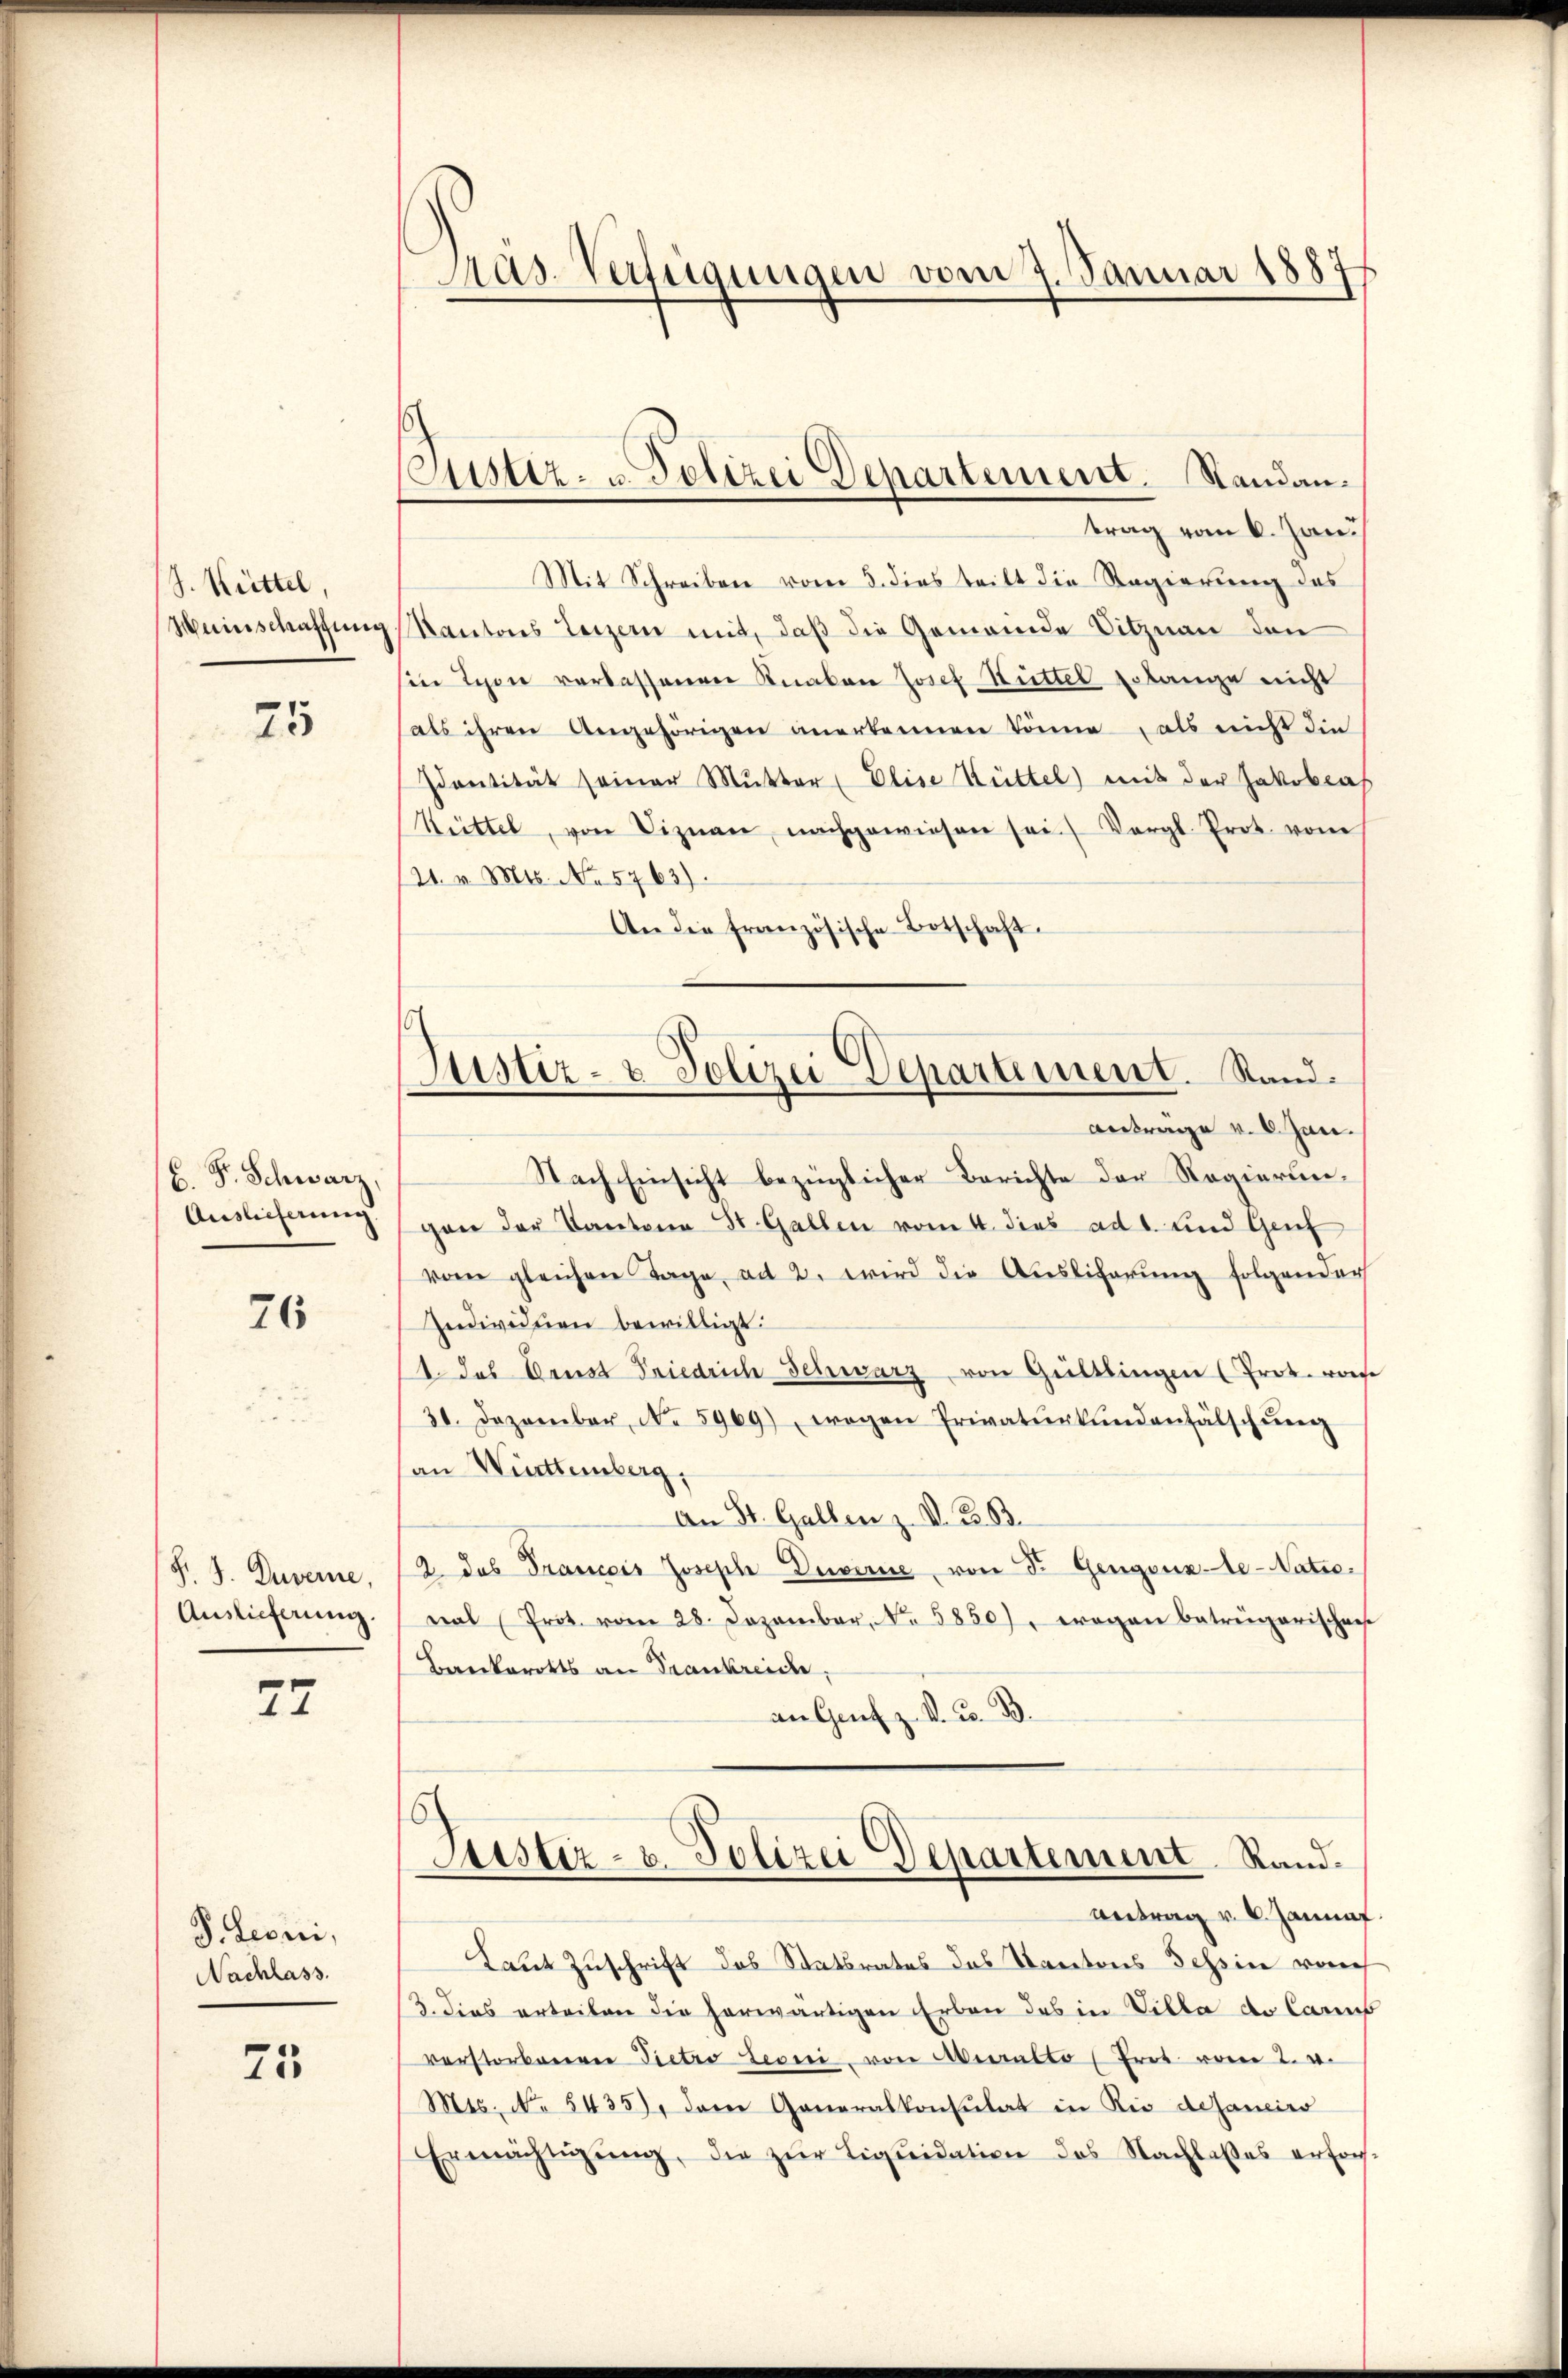
J. Rüttel,
Weinschaffung

75

C. Fr. Schwarz,
Auslieferung.

76

F. J. Zuverne,
Auslieferung.

27

P. Leonei,
Nachlass.

75

Pras-Verfügungen vom 7. Januar 1887

ustiz- u. Polizei Departement. Standantrag vom 6. Jan.

Justiz- & Polizei Departement. Stand.
Antrage v. 6. Jan.

Mit Schreiben vom 5. dies teilt die Regierung des
Kantons Luzern mit, daß die Gemeinde Sitznau den
sin Ton verlassenen Knaben Josef Hüttel Erlange nicht
als ihren Angehörigen anerkennen könne als nicht die
Identität seiner Mŭtter Elise Hüttel) mit der Jakobias
Rüittel, von Viznan, nachgewiesen sei. Vergl. Prot. vom
121. v. Mts. No. 5763).
An die französische Botschaft.
Nach Einsicht bezüglicher Berichte der Regierungan der Kantone St. Gallen vom 4. dies ad 1. und Genf
vom gleichen Tage, ad 2. wird die Ausliferung folgender
Individuen bewilligt.
1 das Brust Friedrich Schwarz von Gültlingen (Prok. wose
31. Dezember No. 5969), wegen Privatŭrkŭndenfälschŭng
an Württemberg,
An St. Gallen z. V. B. B.
2. Das Drancois Joseph Duvirne, von Fr. Gengonz-Ae-Natze.
nal (Prot. vom 28. Dezember, No. 5850), wogen betrengarischen
Bankorokts an Frankreide,
an Gesetz. V. C. B.
Justiz- u. Polizei Departement Rand.
Antrag v. 6. Jannaf
Laut Zuschrift das Statsrates das Kantons Tessin voreh
3. dies erteilen die herwärtigen Erben des in Villa de Carus
verstorbenene Pietro teoni von Muralto, Trot vom 2. v.
Mts. No. 5435), der Generalkonsulat in Rio desaneiro
Ermächŭgŭng, die zŭr Liquidation des Nachlasses erfor-